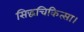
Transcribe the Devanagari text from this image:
सिद्धचिकित्सा।